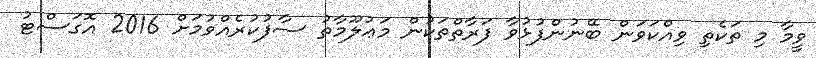
ވީމާ މި ތަކެތި ވިއްކަވަން ބޭނުންފުޅުވާ ފަރާތްތަކުން މަޢުލޫމާތު ސާފުކުރެއްވުމަށް 2016 އޮގަސްޓު